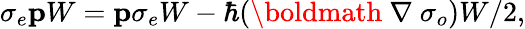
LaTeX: \sigma_{e}{\mathbf p}W={\mathbf p}\sigma_{e}W-\hbar(\mathrm{\boldmath~\nabla~}\sigma_{o})W/2,